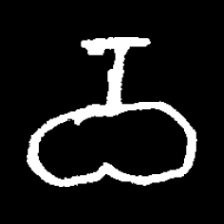
Pyu character \u2014 Myanmar letter: ဝ (romanized: wa)